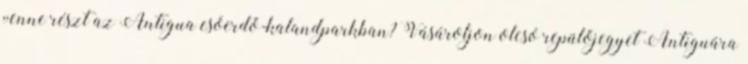
venne részt az Antigua esőerdő-kalandparkban? Vásároljon olcsó repülőjegyet Antiguára